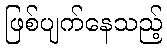
ဖြစ်ပျက်နေသည့်